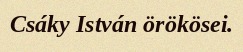
Csáky István örökösei.